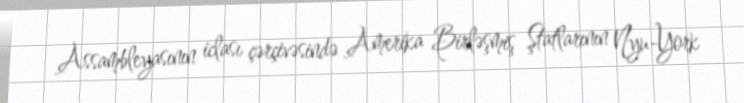
Assambleyasının iclası çərçivəsində Amerika Birləşmiş Ştatlarının Nyu-York